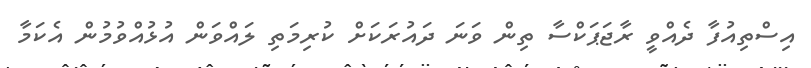
އިސްތިއުފާ ދެއްވީ ރާޖަޕަކްސާ ތިން ވަނަ ދައުރަކަށް ކުރިމަތި ލައްވަން އުޅުއްވުމުން އެކަމާ